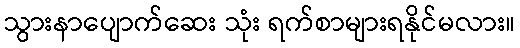
သွားနာပျောက်ဆေး သုံး ရက်စာများရနိုင်မလား။